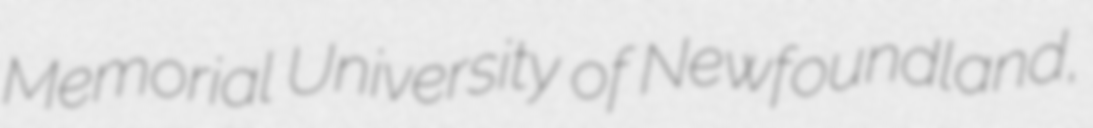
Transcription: Memorial University of Newfoundland,